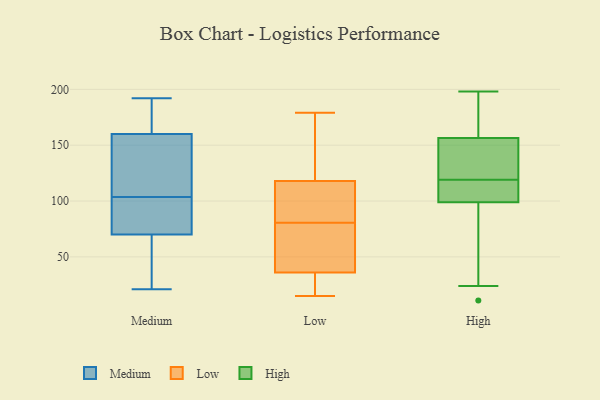
{"axis": {"x": "Demand Index", "y": "Value"}, "legend": ["High", "Low", "Medium"], "data": [{"x": "", "y": 171, "type": "Medium"}, {"x": "", "y": 21, "type": "Medium"}, {"x": "", "y": 70, "type": "Medium"}, {"x": "", "y": 160, "type": "Medium"}, {"x": "", "y": 46, "type": "Medium"}, {"x": "", "y": 115, "type": "Medium"}, {"x": "", "y": 85, "type": "Medium"}, {"x": "", "y": 184, "type": "Medium"}, {"x": "", "y": 153, "type": "Medium"}, {"x": "", "y": 21, "type": "Medium"}, {"x": "", "y": 191, "type": "Medium"}, {"x": "", "y": 105, "type": "Medium"}, {"x": "", "y": 82, "type": "Medium"}, {"x": "", "y": 102, "type": "Medium"}, {"x": "", "y": 192, "type": "Medium"}, {"x": "", "y": 156, "type": "Medium"}, {"x": "", "y": 61, "type": "Medium"}, {"x": "", "y": 93, "type": "Medium"}, {"x": "", "y": 128, "type": "Low"}, {"x": "", "y": 15, "type": "Low"}, {"x": "", "y": 27, "type": "Low"}, {"x": "", "y": 79, "type": "Low"}, {"x": "", "y": 178, "type": "Low"}, {"x": "", "y": 108, "type": "Low"}, {"x": "", "y": 45, "type": "Low"}, {"x": "", "y": 53, "type": "Low"}, {"x": "", "y": 98, "type": "Low"}, {"x": "", "y": 179, "type": "Low"}, {"x": "", "y": 27, "type": "Low"}, {"x": "", "y": 82, "type": "Low"}, {"x": "", "y": 105, "type": "High"}, {"x": "", "y": 190, "type": "High"}, {"x": "", "y": 101, "type": "High"}, {"x": "", "y": 152, "type": "High"}, {"x": "", "y": 120, "type": "High"}, {"x": "", "y": 163, "type": "High"}, {"x": "", "y": 11, "type": "High"}, {"x": "", "y": 49, "type": "High"}, {"x": "", "y": 123, "type": "High"}, {"x": "", "y": 71, "type": "High"}, {"x": "", "y": 101, "type": "High"}, {"x": "", "y": 100, "type": "High"}, {"x": "", "y": 118, "type": "High"}, {"x": "", "y": 186, "type": "High"}, {"x": "", "y": 24, "type": "High"}, {"x": "", "y": 161, "type": "High"}, {"x": "", "y": 98, "type": "High"}, {"x": "", "y": 150, "type": "High"}, {"x": "", "y": 145, "type": "High"}, {"x": "", "y": 198, "type": "High"}]}